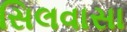
સિલવાસા